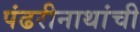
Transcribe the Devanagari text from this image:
पंढरीनाथांची